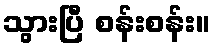
သွားပြီ စန်းစန်း။